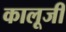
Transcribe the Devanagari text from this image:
कालूजी